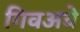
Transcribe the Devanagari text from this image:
गिवअवे